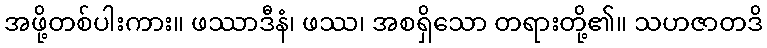
အဖို့တစ်ပါးကား။ ဖဿာဒီနံ၊ ဖဿ၊ အစရှိသော တရားတို့၏။ သဟဇာတဒိ